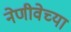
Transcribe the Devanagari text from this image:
नेणीवेच्या